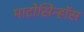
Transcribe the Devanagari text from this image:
माटोसिन्हॉस